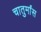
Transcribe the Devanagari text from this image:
चातुर्मांस